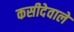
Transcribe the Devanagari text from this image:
कसीदेवाले